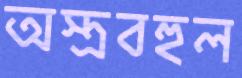
অস্ত্রবহুল